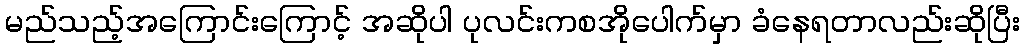
မည်သည့်အကြောင်းကြောင့် အဆိုပါ ပုလင်းကစအိုပေါက်မှာ ခံနေရတာလည်းဆိုပြီး